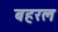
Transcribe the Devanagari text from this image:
बहरल